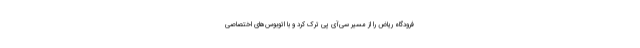
فرودگاه ریاض را از مسیر سی‌آی ‌پی ترک کرد و با اتوبوس‌های اختصاصی